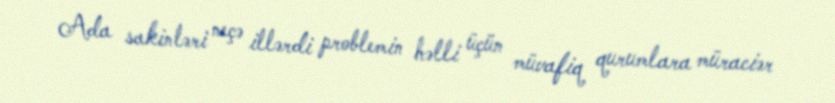
Ada sakinləri neçə illərdi problemin həlli üçün müvafiq qurumlara müraciər